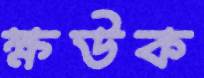
ক্ষউক